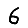
Digit: 6